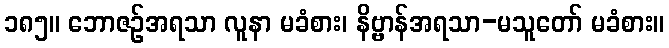
၁၈၅။ ဘောဇဉ်အရသာ လူနာ မခံစား၊ နိဗ္ဗာန်အရသာ-မသူတော် မခံစား။